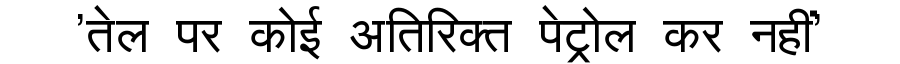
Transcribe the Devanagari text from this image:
'तेल पर कोई अतिरिक्त पेट्रोल कर नहीं'